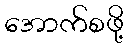
အောက်စဖို့